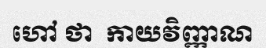
ហៅ ថា  កាយវិញ្ញាណ